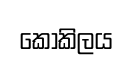
කෝකිලය